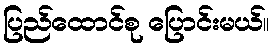
ပြည်ထောင်စု ပြောင်းမယ်။